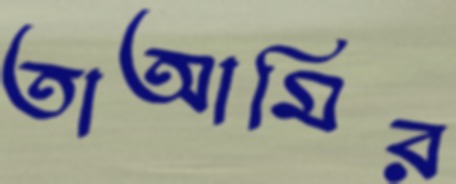
তাআমির